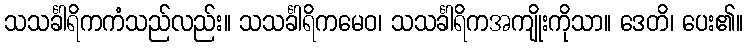
သသင်္ခါရိကကံသည်လည်း။ သသင်္ခါရိကမေဝ၊ သသင်္ခါရိကအကျိုးကိုသာ။ ဒေတိ၊ ပေး၏။